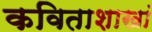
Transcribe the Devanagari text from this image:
कविताशाखां